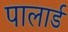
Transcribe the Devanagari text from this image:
पालार्ड